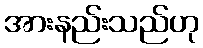
အားနည်းသည်ဟု